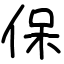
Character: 保